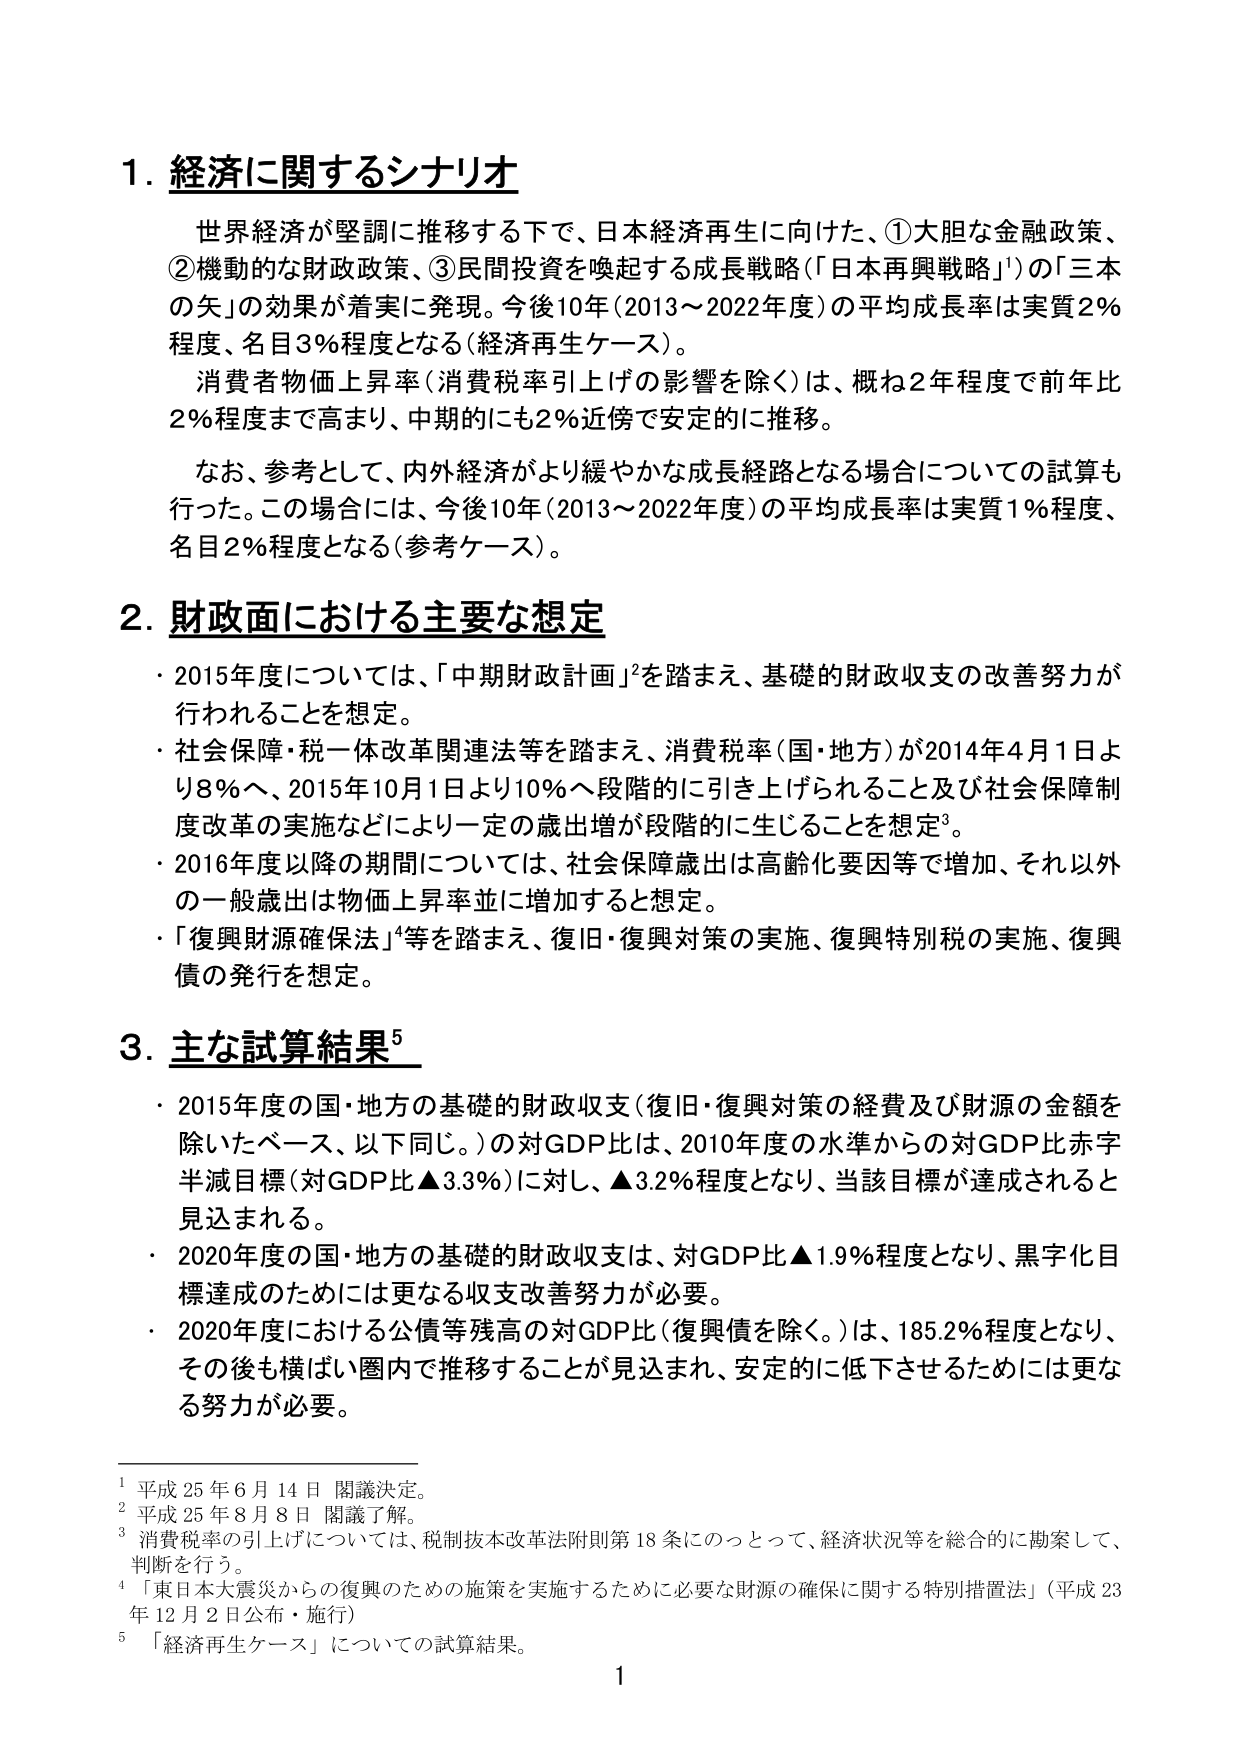
1. 経済に関するシナリオ
世界経済が堅調に推移する下で、日本経済再生に向けた、①大胆な金融政策、②機動的な財政政策、③民間投資を喚起する成長戦略（「日本再興戦略」¹）の「三本の矢」の効果が着実に発現。今後10年（2013～2022年度）の平均成長率は実質2％程度、名目3％程度となる（経済再生ケース）。
消費者物価上昇率（消費税率引上げの影響を除く）は、概ね2年程度で前年比2％程度まで高まり、中期的にも2％近傍で安定的に推移。
なお、参考として、内外経済がより緩やかな成長経路となる場合についての試算も行った。この場合には、今後10年（2013～2022年度）の平均成長率は実質1％程度、名目2％程度となる（参考ケース）。

2. 財政面における主要な想定
・2015年度については、「中期財政計画」²を踏まえ、基礎的財政収支の改善努力が行われることを想定。
・社会保障・税一体改革関連法等を踏まえ、消費税率（国・地方）が2014年4月1日より8％へ、2015年10月1日より10％へ段階的に引き上げられること及び社会保障制度改革の実施などにより一定の歳出増が段階的に生じることを想定³。
・2016年度以降の期間については、社会保障歳出は高齢化要因等で増加、それ以外の一般歳出は物価上昇率並に増加すると想定。
・「復興財源確保法」⁴等を踏まえ、復旧・復興対策の実施、復興特別税の実施、復興債の発行を想定。

3. 主な試算結果⁵
・2015年度の国・地方の基礎的財政収支（復旧・復興対策の経費及び財源の金額を除いたベース、以下同じ。）の対GDP比は、2010年度の水準からの対GDP比赤字半減目標（対GDP比▲3.3％）に対し、▲3.2％程度となり、当該目標が達成されると見込まれる。
・2020年度の国・地方の基礎的財政収支は、対GDP比▲1.9％程度となり、黒字化目標達成のためには更なる収支改善努力が必要。
・2020年度における公債等残高の対GDP比（復興債を除く。）は、185.2％程度となり、その後も横ばい圏内で推移することが見込まれ、安定的に低下させるためには更なる努力が必要。

¹ 平成25年6月14日 閣議決定。
² 平成25年8月8日 閣議了解。
³ 消費税率の引上げについては、税制抜本改革法附則第18条にのっとって、経済状況等を総合的に勘案して、判断を行う。
⁴ 「東日本大震災からの復興のための施策を実施するために必要な財源の確保に関する特別措置法」（平成23年12月2日公布・施行）
⁵ 「経済再生ケース」についての試算結果。

1